Plague in India, 1896, 1897 - Volume 3
Year: 1896
Disease focus: Plague
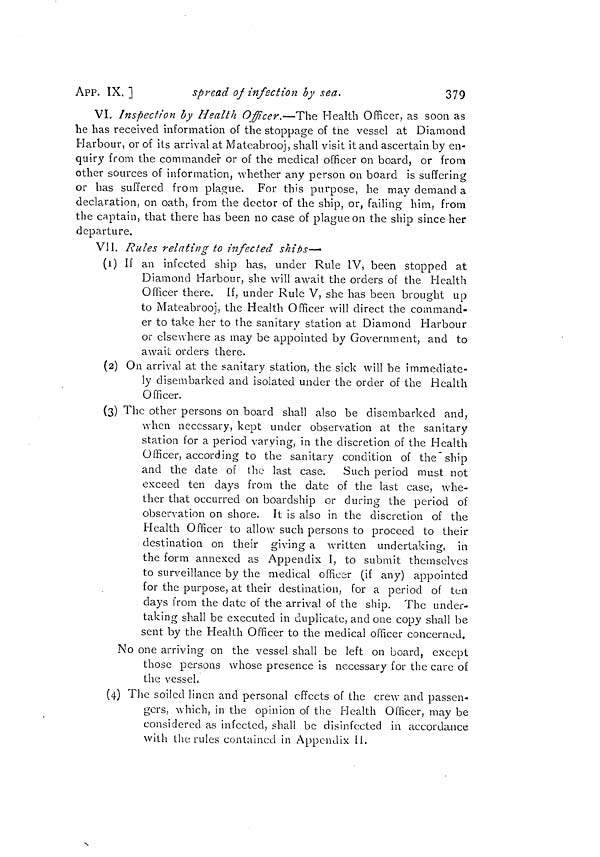
APP. IX. ]
spread of infection by sea.
379
VI. Inspection by Health Officer.—The Health Officer, as soon as
he has received information of the stoppage of tne vessel at Diamond
Harbour, or of its arrival at Mateabrooj, shall visit it and ascertain by en-
quiry from the commander or of the medical officer on board, or from
other sources of information, whether any person on board is suffering
or has suffered from plague. For this purpose, he may demand a
declaration, on oath, from the doctor of the ship, or, failing him, from
the captain, that there has been no case of plague on the ship since her
departure.
VII. Rules relating to infected ships—•
(1) If an infected ship has, under Rule IV, been stopped at
Diamond Harbour, she will await the orders of the Health
Officer there. If, under Rule V, she has been brought up
to Mateabrooj, the Health Officer will direct the command-
er to take her to the sanitary station at Diamond Harbour
or elsewhere as may be appointed by Government, and to
awail orders there.
(2) On arrival at the sanitary station, the sick will be immediate-
ly disembarked and isolated under the order of the Health
Officer.
(3) The other persons on board shall also be disembarked and,
when necessary, kept under observation at the sanitary
station for a period varying, in the discretion of the Health
Officer, according to the sanitary condition of the ship
and the date of the last case. Such period must not
exceed ten days from the date of the last case, whe-
ther that occurred on boardship or during the period of
observation on shore. It is also in the discretion of the
Health Officer to allow such persons to proceed to their
destination on their giving a written undertaking, in
the form annexed as Appendix I, to submit themselves
to surveillance by the medical officer (if any) appointed
for the purpose, at their destination, for a period of tea
days from the date of the arrival of the ship. The under-
taking shall be executed in duplicate, and one copy shall be
sent by the Health Officer to the medical officer concerned.
No one arriving on the vessel shall be left on board, except
those persons whose presence is necessary for the care of
the vessel.
(4) The soiled linen and personal effects of the crew and passen-
gers, which, in the opinion of the Health Officer, may be
considered as infected, shall be disinfected in accordance
with the rules contained in Appendix 11.